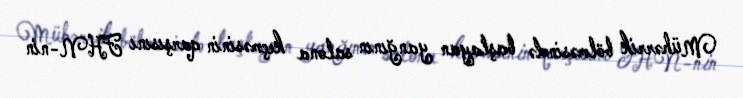
Mühərrik bölməsində başlayan yanğının salona keçməsinin qarşısını FHN-nin